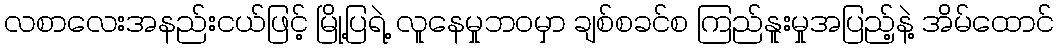
လစာလေးအနည်းငယ်ဖြင့် မြို့ပြရဲ့ လူနေမှုဘဝမှာ ချစ်စခင်စ ကြည်နူးမှုအပြည့်နဲ့ အိမ်ထောင်